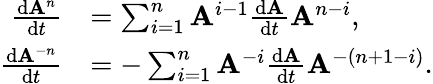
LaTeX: {\begin{array}{rl}{{\frac{\mathrm{d}\mathbf{A}^{n}}{\mathrm{d}t}}}&{=\sum_{i=1}^{n}\mathbf{A}^{i-1}{\frac{\mathrm{d}\mathbf{A}}{\mathrm{d}t}}\mathbf{A}^{n-i},}\\ {{\frac{\mathrm{d}\mathbf{A}^{-n}}{\mathrm{d}t}}}&{=-\sum_{i=1}^{n}\mathbf{A}^{-i}{\frac{\mathrm{d}\mathbf{A}}{\mathrm{d}t}}\mathbf{A}^{-(n+1-i)}.}\end{array}}